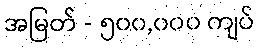
အမြတ် - ၅၀၀,၀၀၀ ကျပ်